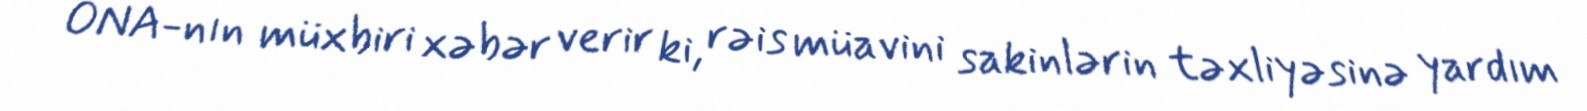
ONA-nın müxbiri xəbər verir ki, rəis müavini sakinlərin təxliyəsinə yardım